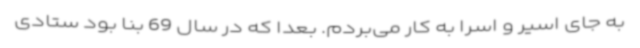
به جای اسیر و اسرا به کار می‌بردم. بعداً که در سال 69 بنا بود ستادی